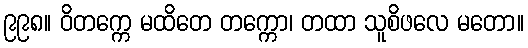
၉၉၈။ ဝိတက္ကေ မထိတေ တက္ကော၊ တထာ သူစိဖလေ မတော။